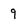
Character: 9